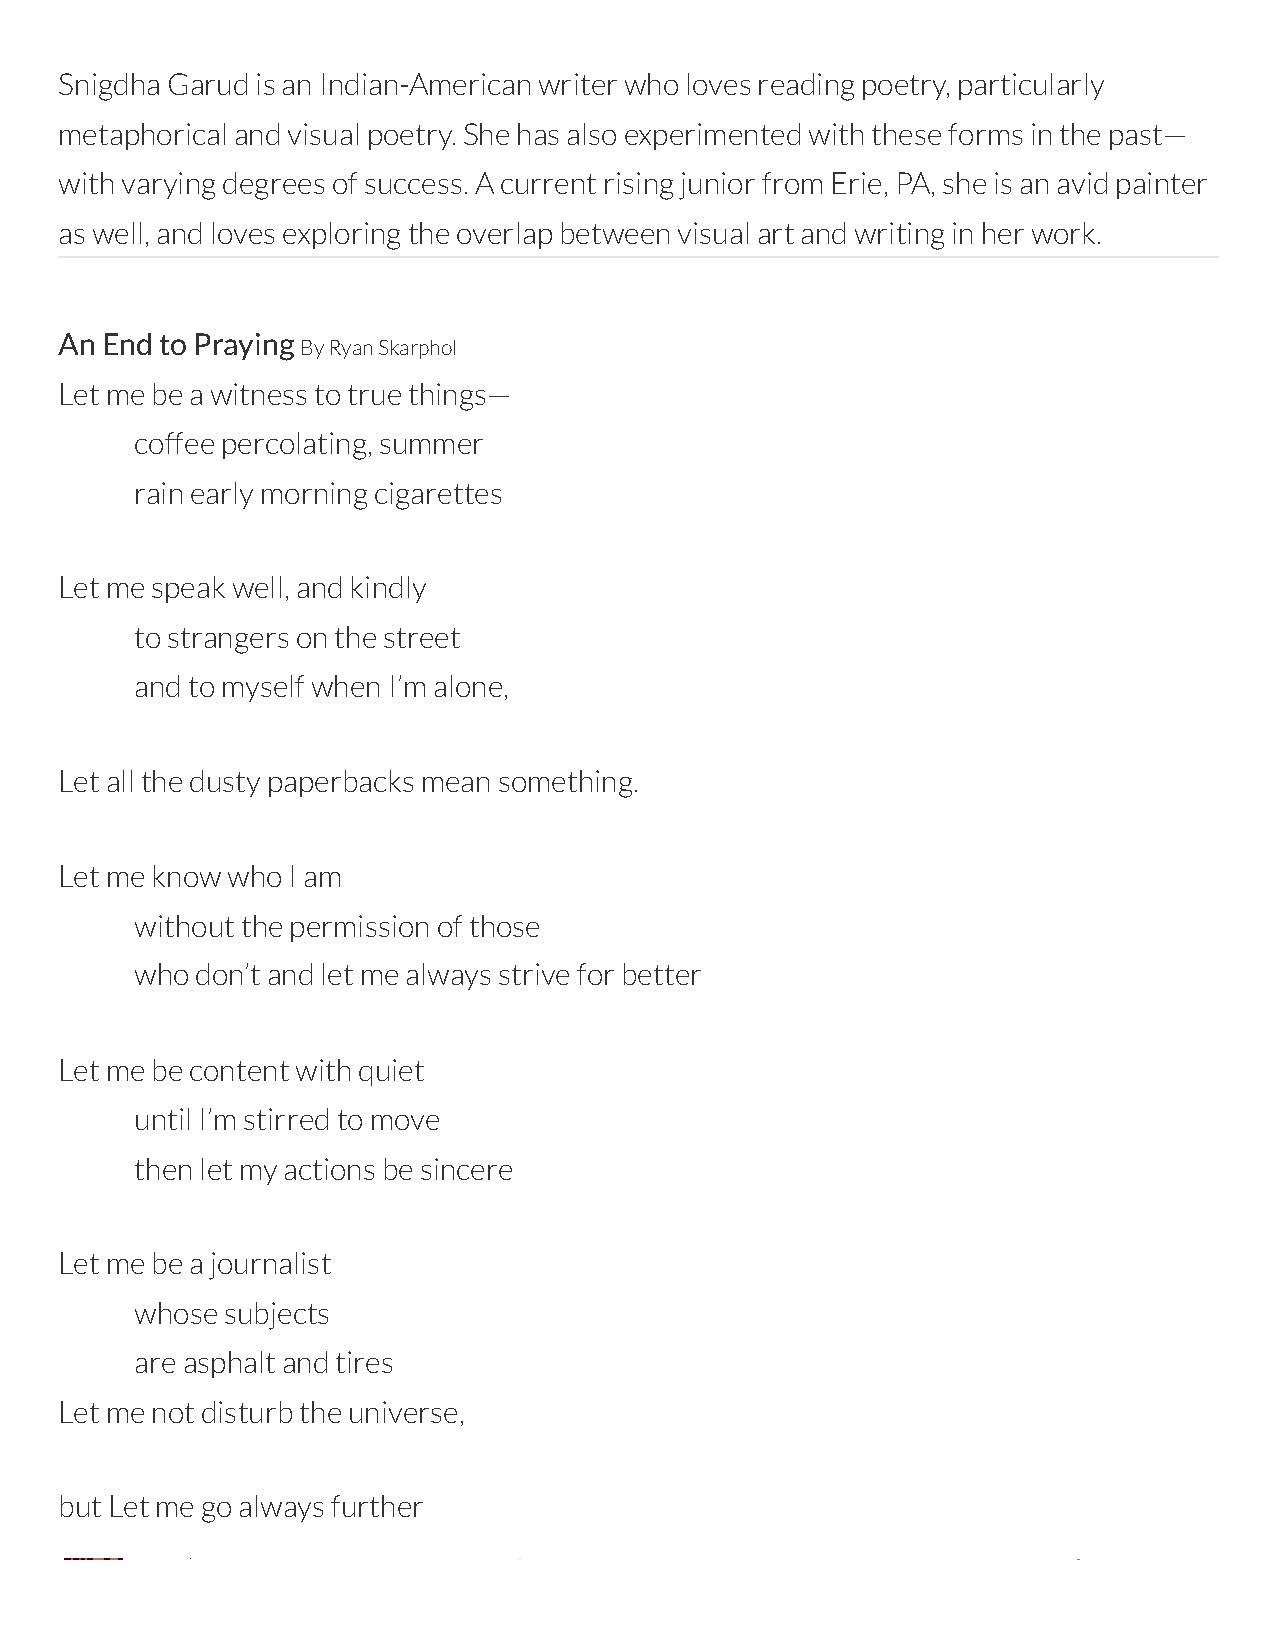
Snigdha Garud is an Indian-American writer who loves reading poetry, particularly
 metaphorical and visual poetry. She has also experimented with these forms in the past—
 with varying degrees of success. A current rising junior from Erie, PA, she is an avid painter
 as well, and loves exploring the overlap between visual art and writing in her work.
 An End to Praying
 By Ryan Skarphol
 Let me be a witness to true things—
 coffee percolating, summer
 rain early morning cigarettes
 Let me speak well, and kindly
 to strangers on the street
 and to myself when I’m alone,
 Let all the dusty paperbacks mean something.
 Let me know who I am
 without the permission of those
 who don’t and let me always strive for better
 Let me be content with quiet
 until I’m stirred to move
 then let my actions be sincere
 Let me be a journalist
 whose subjects
 are asphalt and tires
 Let me not disturb the universe,
 but Let me go always further